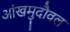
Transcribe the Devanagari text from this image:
आंखमुदौवल